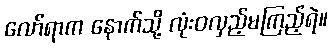
လော်ရာက နောက်သို့ လုံးဝလှည့်မကြည့်ရဲ။